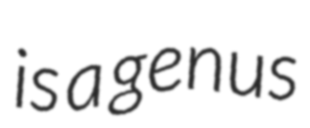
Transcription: is a genus